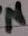
Text: N